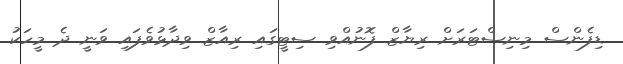
ޑިފެންސް މިނިސްޓަރަށް ރިޔާޒް ފޮނުއްވި ސިޓީގައި ރިއާޒް ވިދާޅުވެފައި ވަނީ ދެ މީހަކު